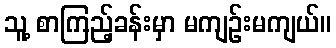
သူ့ စာကြည့်ခန်းမှာ မကျဉ်းမကျယ်။